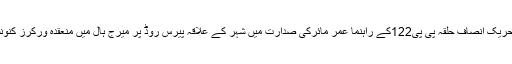
ان خیالات کا اظہار انہوں نے تحریک انصاف حلقہ پی پی122کے راہنما عمر مائرکی صدارت میں شہر کے علاقہ پیرس روڈ پر میرج ہال میں منعقدہ ورکرز کنونشن سے خطاب کے دوران کیا ۔